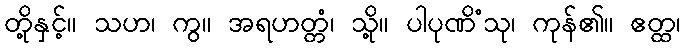
တို့နှင့်။ သဟ၊ ကွ။ အရဟတ္တံ၊ သို့။ ပါပုဏိံသု၊ ကုန်၏။ ဧတ္ထ၊